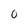
Character: 0